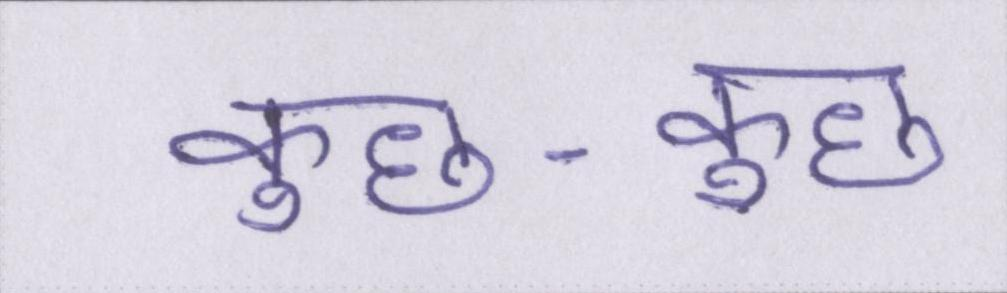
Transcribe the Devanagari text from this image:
कुछ-कुछ